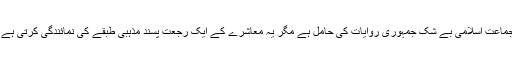
جماعت اسلامی بے شک جمہوری روایات کی حامل ہے مگر یہ معاشرے کے ایک رجعت پسند مذہبی طبقے کی نمائندگی کرتی ہے ۔